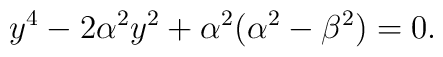
y^{4}-2\alpha^2y^2+\alpha^2(\alpha^2-\beta^2)=0.